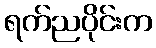
ရက်ညပိုင်းက